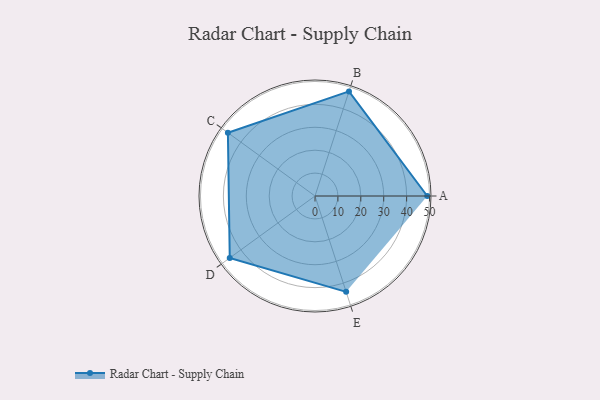
{"axis": {"x": "Skill", "y": "Score"}, "legend": ["Profile"], "data": [{"x": "A", "y": 49.0, "type": "Profile"}, {"x": "B", "y": 48.0, "type": "Profile"}, {"x": "C", "y": 47.0, "type": "Profile"}, {"x": "D", "y": 46.0, "type": "Profile"}, {"x": "E", "y": 44.0, "type": "Profile"}]}